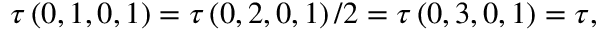
\tau \left( 0 , 1 , 0 , 1 \right) = \tau \left( 0 , 2 , 0 , 1 \right) / 2 = \tau \left( 0 , 3 , 0 , 1 \right) = \tau ,